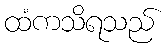
ထံကသိရသည်